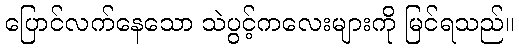
ပြောင်လက်နေသော သဲပွင့်ကလေးများကို မြင်ရသည်။